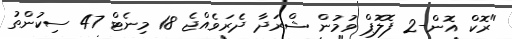
"ރޮކް އޮން-2 ފޮލޮޕް ވުމުން ޝްރަދާ ދެރަވެއްޖެ 18 މިނެޓް 47 ސިކުންތު